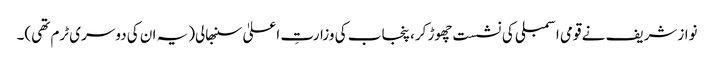
نوازشریف نے قومی اسمبلی کی نشست چھوڑ کر، پنجاب کی وزارتِ اعلیٰ سنبھالی(یہ ان کی دوسری ٹرم تھی)۔